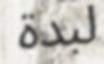
لبدة